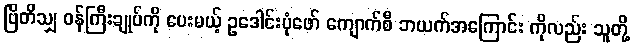
ဗြိတိသျှ ဝန်ကြီးချုပ်ကို ပေးမယ့် ဥဒေါင်းပုံဖော် ကျောက်စီ ဘယက်အကြောင်း ကိုလည်း သူတို့